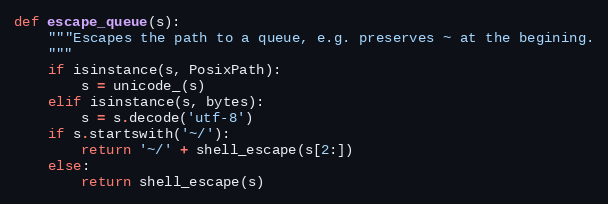
Language: Python
def escape_queue(s):
    """Escapes the path to a queue, e.g. preserves ~ at the begining.
    """
    if isinstance(s, PosixPath):
        s = unicode_(s)
    elif isinstance(s, bytes):
        s = s.decode('utf-8')
    if s.startswith('~/'):
        return '~/' + shell_escape(s[2:])
    else:
        return shell_escape(s)